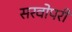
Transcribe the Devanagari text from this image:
सरवोपरी